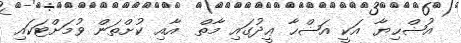
އުޟްޙިޔާ އަކީ އަޟްޙާ ޢީދުގައި މާތް  އާއި ކުށްތަން ވުމަށްޓަކައި